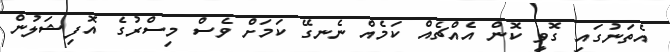
އެތަނުގައި ގޮވީ ކޮން އެއްޗެއް ކަމެއް ނެނގޭ ކަމަށް ވެސް މިސްރުގެ އޮފިޝަލުން